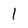
Character: 1